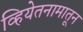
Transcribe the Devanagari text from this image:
व्हियेतनामातून